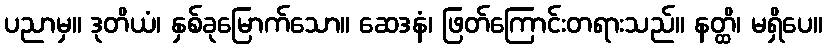
ပညာမှ။ ဒုတိယံ၊ နှစ်ခုမြောက်သော။ ဆေဒနံ၊ ဖြတ်ကြောင်းတရားသည်။ နတ္ထိ၊ မရှိပေ။